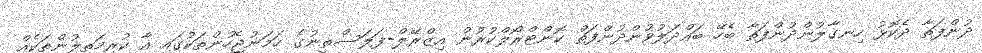
ދުންފަތާ ދެކޮޅު ހިނގާލުންދުންފަތާ ބެހޭ ބައްދަލުވުންދުންފަތް ކޮންޓްރޯލްކުރުން އިޒްރޭލް-ފަލަސްތީނުގެ ހަމަނުޖެހުންތަކުގައި އާ ކުރިމަތިލުންތަކެއް